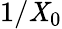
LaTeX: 1/\mathit{X}_{0}